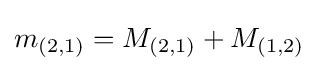
m_{(2,1)}=M_{(2,1)}+M_{(1,2)}